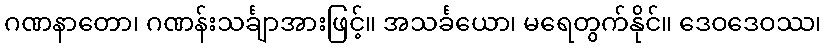
ဂဏနာတော၊ ဂဏန်းသင်္ချာအားဖြင့်။ အသင်္ခယော၊ မရေတွက်နိုင်။ ဒေဝဒေဝဿ၊